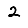
Digit: 2